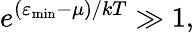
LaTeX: e^{(\varepsilon_{\mathrm{{min}}}-\mu)/kT}\gg 1,